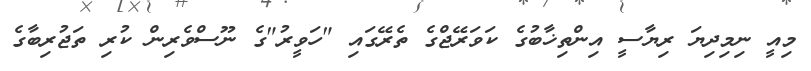
މިއީ ނިމިދިޔަ ރިޔާސީ އިންތިޚާބުގެ ކަވަރޭޖްގެ ތެރޭގައި "ހަވީރު"ގެ ނޫސްވެރިން ކުރި ތަޖުރިބާގެ